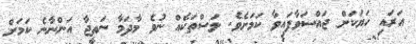
އަރައި ހަޔަކަށް ޖައްސަވާފައިވާ ކަމަށެވެ. ލަސްތަކެއް ނުވެ މާދަމާ ނަތީޖާ އަންނާނެ ކަމަށް